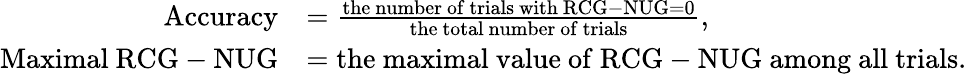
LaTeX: \begin{array}{rl}{\mathrm{Accuracy}}&{=\frac{\mathrm{the~number~of~trials~with~RCG-NUG=0}}{\mathrm{the~total~number~of~trials}},}\\ {\mathrm{Maximal~RCG-NUG}}&{=\mathrm{the~maximal~value~of~RCG-NUG~among~all~trials}.}\end{array}